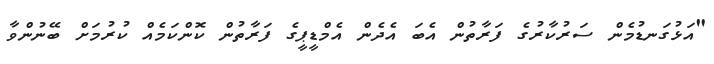
"އަޅުގަނޑުމެން ސަރުކާރުގެ ފަރާތުން އެބަ އެދެން އެމްޑީޕީގެ ފަރާތުން ކޮންކަމެއް ކުރުމަށް ބޭނުންވާ